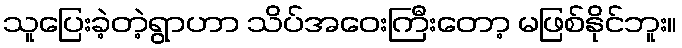
သူပြေးခဲ့တဲ့ရွာဟာ သိပ်အဝေးကြီးတော့ မဖြစ်နိုင်ဘူး။